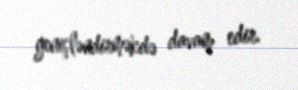
genişləndirməkdə davam edir.